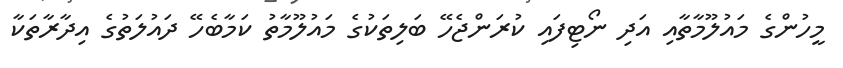
މީހުންގެ މައުލޫމާތާއި އަދި ނޯޓިފައި ކުރަންޖެހޭ ބަލިތަކުގެ މައުލޫމާތު ކަމާބެހޭ ދައުލަތުގެ އިދާރާތަކާ